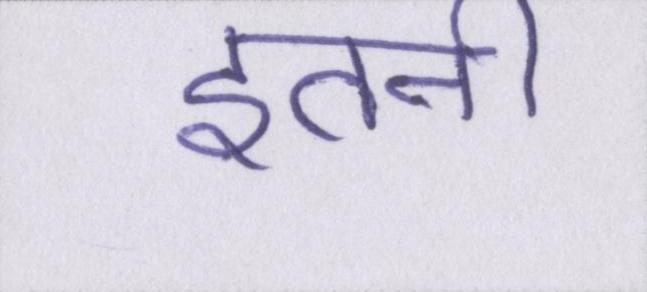
इतनी